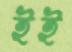
ইই